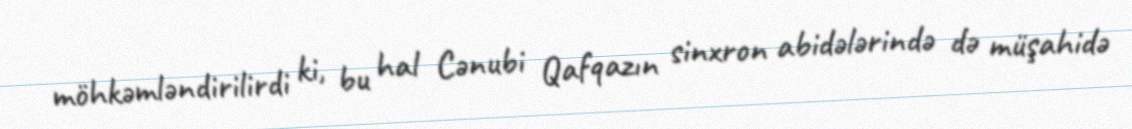
möhkəmləndirilirdi ki, bu hal Cənubi Qafqazın sinxron abidələrində də müşahidə